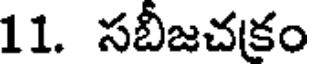
11. సబీజచకం